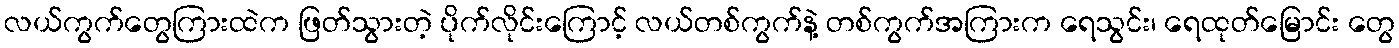
လယ်ကွက်တွေကြားထဲက ဖြတ်သွားတဲ့ ပိုက်လိုင်းကြောင့် လယ်တစ်ကွက်နဲ့ တစ်ကွက်အကြားက ရေသွင်း၊ ရေထုတ်မြောင်း တွေ